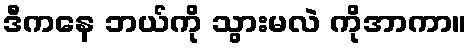
ဒီကနေ ဘယ်ကို သွားမလဲ ကိုအာကာ။